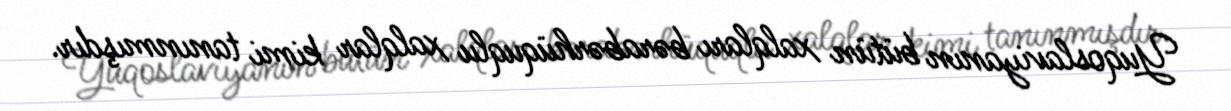
Yuqoslaviyanın bütün xalqları bərabərhüquqlu xalqlar kimi tanınmışdır.